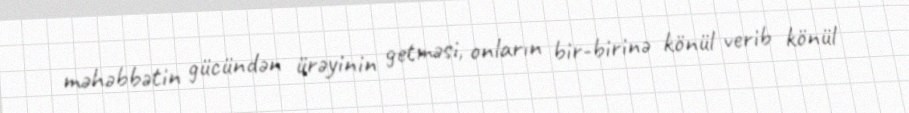
məhəbbətin gücündən ürəyinin getməsi, onların bir-birinə könül verib könül